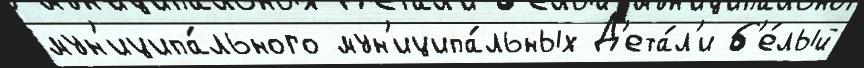
мун'иципа́льного мун'иципа́льных Д'ета́л'и б'е́лый